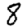
Digit: 8